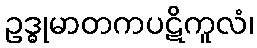
ဥဒ္ဓုမာတကပဋိကူလံ၊